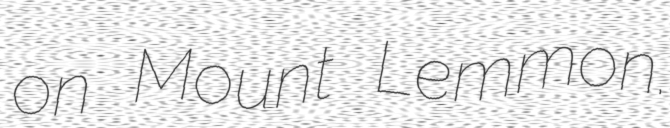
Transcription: on Mount Lemmon.